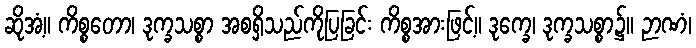
ဆိုအံ့။ ကိစ္စတော၊ ဒုက္ခသစ္စာ အစရှိသည်ကိုပြခြင်း ကိစ္စအားဖြင့်။ ဒုက္ခေ၊ ဒုက္ခသစ္စာ၌။ ဉာဏံ၊